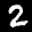
Label: 2